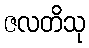
ဇလတိသု